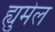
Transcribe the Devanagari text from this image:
ह्युमेल